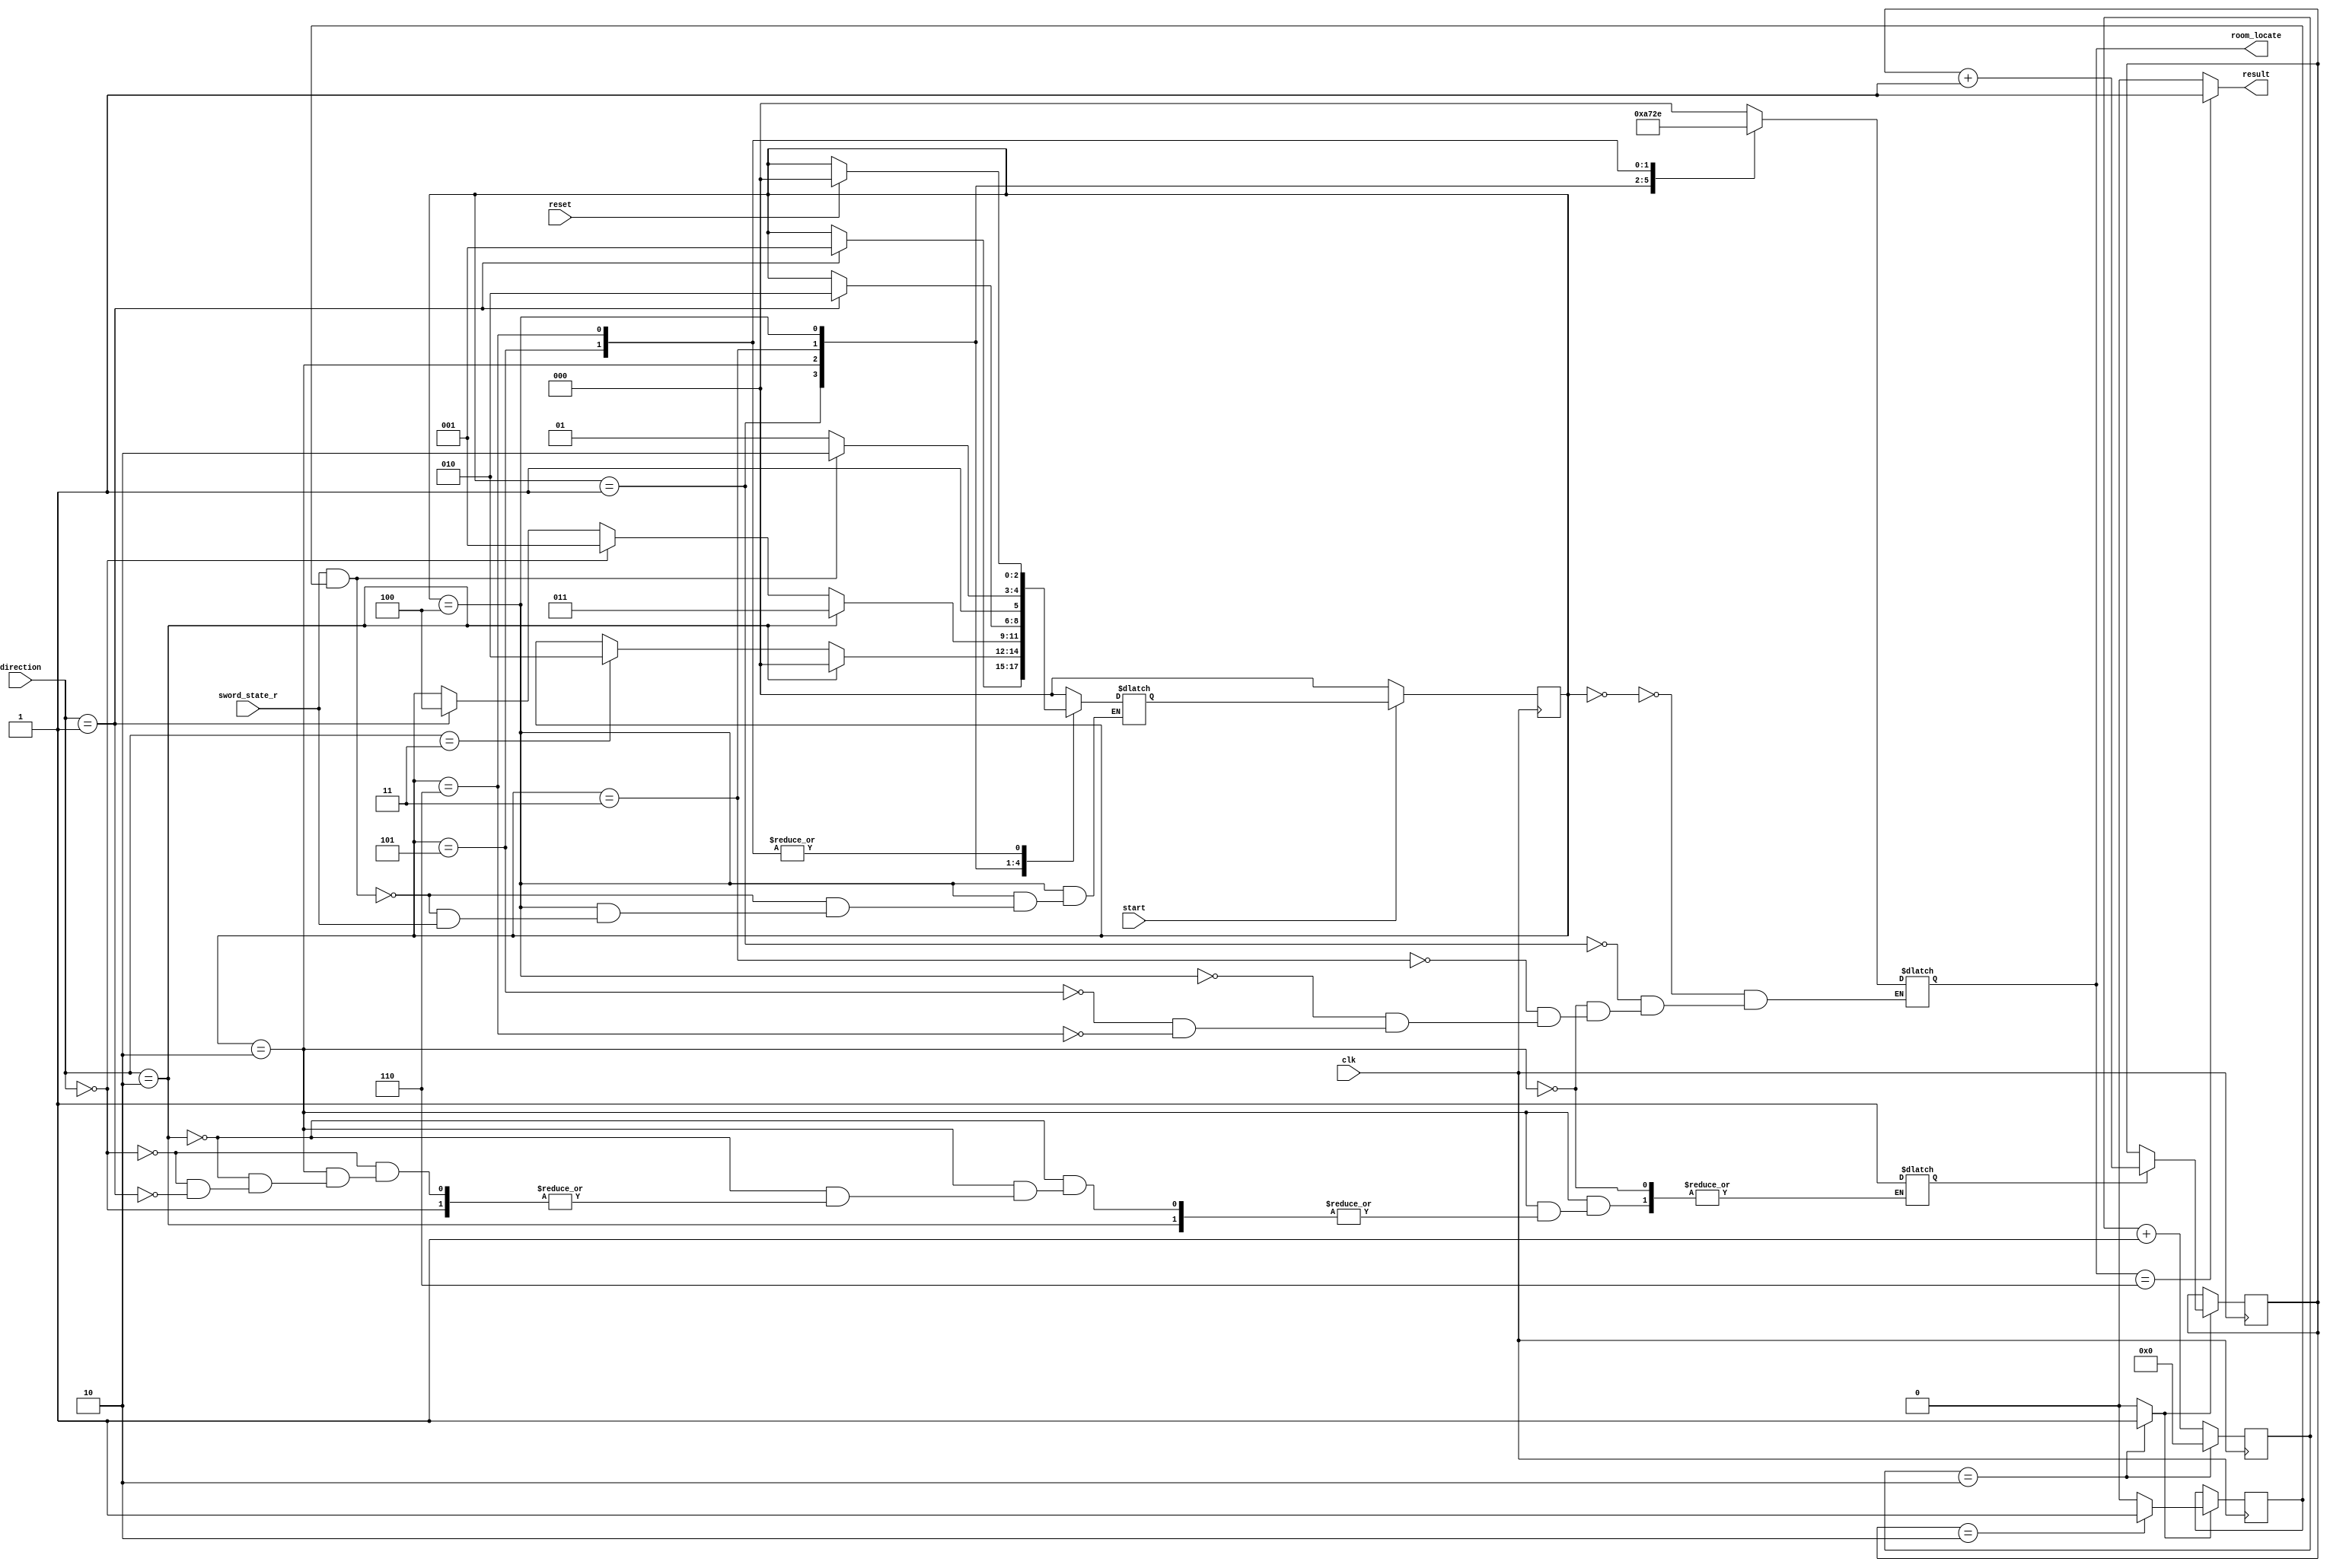
//-------------------
//The adventure game has seven rooms and one object (a sword). 
//The game begins in the Cave of Cacophony. To win the game, you must first head east through the Twisty Tunnel and south to Rapid River.
//From there, you'll need to find a Vorpal sword in the Secret Sword Stash to the west. 
//The sword will allow you to safely cross east from Rapid River through the Dragon Den into the Victory Vault (you've won the game at this point). If you enter the Dragon Den without the Vorpal sword, you will be devoured by a dangerous dragon and thrown into the Grievous Graveyard (where the game ends with you dying). You will still be in the Graveyard or Vault until reset 
//-------------------
module Adventure_Game_Room
	(
		input clk,
		input reset, // reset game after finish the game
		input start, // start game 
		input wire [1:0] direction, // moving direction 
		// 00 = North ( N )
		// 01 = East ( E )
		// 11 = South ( S )
		// 10 = West ( W )
		input  sword_state_r, // status with or without sword_enable
		output reg [2:0] room_locate,  // current room location
		output reg result // result of game 
		// result = 1 when you win, result = 0 when you lose
		// 000 = Cave of Cacophany
		// 001 = Twisty Tunnel
		// 010 = Rapid River
		// 011 = Secret Sword Stash
		// 100 = Dragon's Den
		// 101 = Grevious Graveyard (DEAD = LOSE )
		// 110 = Victory Vault ( WIN )
	);
parameter 
	S0 = 3'b000, //--Cave of Cacophany
	S1 = 3'b001, //--Twisty Tunnel
	S2 = 3'b010, //--Rapid River
	S3 = 3'b011, //--Secret Sword Stash
	S4 = 3'b100, //--Dragon's Den
	LOSE = 3'b101, //--Grevious Graveyard
	WIN = 3'b110; //--Victory Vault
//--------------------------------------
wire clk_enable; // clock enable signal for 1s
reg [2:0] current_state, next_state;
reg [10:0] count_reg = 0, count_state = 0; // couting signal
reg counting = 0, change_state = 0;  // full count signal
//--------------------------------------
//-- Moving state
always @ ( posedge clk ) 
		begin
			if ( ~start ) 
				current_state <= 3'b000;
			else 
				current_state <= next_state;
		end
//--------------------------------------
//--Room state
always @ (*)
	begin 
		case ( current_state )
		//--------------------
			S0 : begin // Cave of Cacophany
					room_locate = 3'b000;
				if ( direction == 2'b01 ) 
					next_state = S1;
				else next_state = current_state;
				end
			//--------------------------------
			S1 : begin // Twisty Tunnel 
					room_locate = 3'b001;
				if ( direction == 2'b10 ) begin
					next_state = S0; end
				else if ( direction == 2'b11 ) begin
					next_state = S2; end
				else next_state = current_state;
				end
			//---------------------------------
			S2 : begin // Rapid River
					room_locate = 3'b010;
				if ( direction == 2'b10 ) begin
					next_state = S3; end
				else if ( direction == 2'b00 ) begin
					next_state = S1; end
				else if ( direction == 2'b01 ) begin
					next_state = S4;
					counting = 1; 
					end
				else next_state = current_state;
				end
			//---------------------------------
			S3 : begin // Secret Sword Stash
					room_locate = 3'b011;
				if ( direction == 2'b01 ) 
					next_state = S2; 
				else next_state = current_state;
				end
			//---------------------------------
			S4 : begin // Dragon's Den
					room_locate = 3'b100;
				if ( sword_state_r && change_state  )
					begin
						next_state = WIN;
					end
				else if ( ~sword_state_r )
					begin
						next_state = LOSE;
					end
				end
			//---------------------------------
			LOSE : begin // Grevious Graveyard
					room_locate = 3'b101;
				if ( reset ) 
					next_state = S0;
				else next_state = current_state;
				end
			WIN: begin // Victory Vault
					room_locate = 3'b110;
				if ( reset ) 
					next_state = S0;
				else next_state = current_state;
				end
			default : next_state = S0;
		endcase
	end
//----------------------------------------------
//--Counting
always @ ( posedge clk )
	begin
		if ( clk_enable == 1 )
			begin
				if ( counting )
					count_state <= count_state + 1;
				if (count_state == 2)
					begin
						change_state = 1;
					end
				else
					begin
						change_state = 0;
					end
				end
			end
//--1s clock enable
always @ ( posedge clk )
	begin	
		count_reg <= count_reg + 1;
		
		if ( count_reg == 2 ) // clock cycle * 3 = 1s
		// example for testbench
		count_reg <= 0;
	end
assign clk_enable = count_reg == 2 ? 1 : 0;	
//-----------------------------------------------
//--Result
	always @ (*)
		begin
			if (room_locate == 3'b110)
				result = 1;
			else result = 0;
		end
endmodule